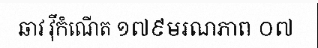
ឆាវ វ៉ីកំណើត ១៧៩មរណភាព ០៧